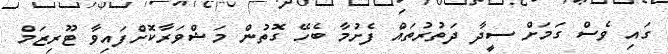
ގައި ވެސް ގަމަށް ސީދާ ދަތުރުތައް ފެށުމާ ބެހޭ ގޮތުން މަޝްވަރާކޮށްފައިވާ ޓޫރިޒަމް